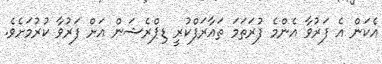
އެކަން އެ ފަރުވާ އެންމެ ފުރަތަމަ ތައާރަފްކުރީ ޑިޕްރެޝަން އަށް ފަރުވާ ކުރުމަށެވެ.